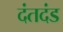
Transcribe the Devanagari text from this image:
दंतदंड